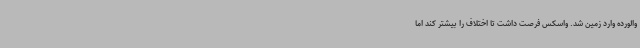
والورده وارد زمین شد. واسکس فرصت داشت تا اختلاف را بیشتر کند اما